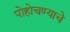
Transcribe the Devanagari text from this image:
पोहोचण्‍याचे